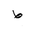
Letter: _da